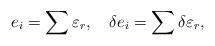
LaTeX: \begin{align*}e_i=\sum \varepsilon _r,~~~\delta e_i=\sum \delta\varepsilon _r,\end{align*}